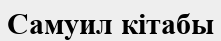
Самуил кітабы